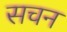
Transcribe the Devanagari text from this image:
सचन